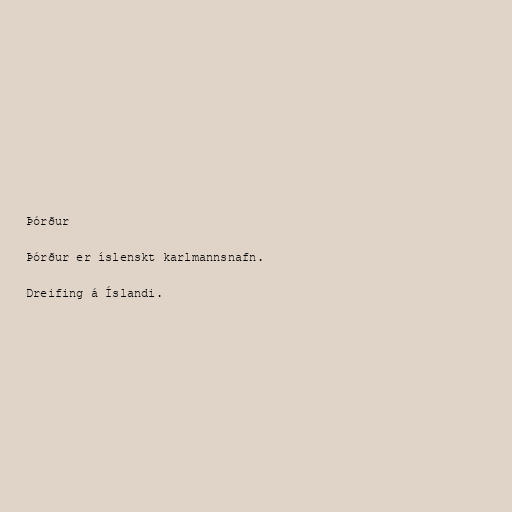
Þórður

Þórður er íslenskt karlmannsnafn.

Dreifing á Íslandi.